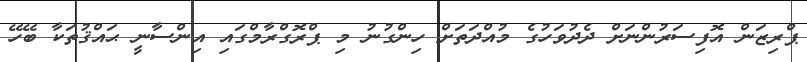
ޕްރިޒަން އޮފިސަރުންނަށް ދެދުވަހުގެ މުއްދަތަށް ހިންގުނު މި ޕްރޮގްރާމްގައި އިންސާނީ ޙައްޤުތަކާ ބޭހޭ